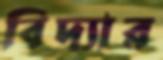
বিদ্যার